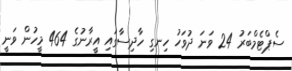
ސެޕްޓެމްބަރު 24 ވަނަ ދުވަހު ހިނގި ހާދިސާގައި އީރާނުގެ 464 މީހުން ވަނީ